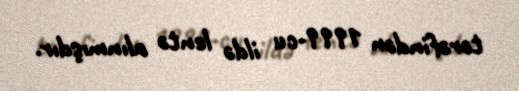
tərəfindən 1999-cu ildə lentə alınmışdır.